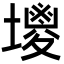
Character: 𡒇